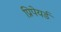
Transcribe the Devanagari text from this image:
प्रिपेयर्ड